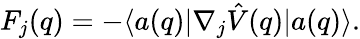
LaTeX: F_{j}(q)=-\langle a(q)|\nabla_{j}\hat{V}(q)|a(q)\rangle.